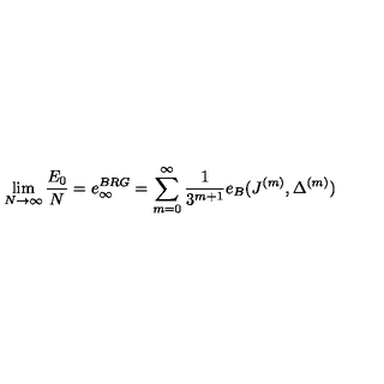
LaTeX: \lim _ { N \rightarrow \infty } \frac { E _ { 0 } } { N } = e _ { \infty } ^ { B R G } = \sum _ { m = 0 } ^ { \infty } \frac { 1 } { 3 ^ { m + 1 } } e _ { B } ( J ^ { ( m ) } , \Delta ^ { ( m ) } )